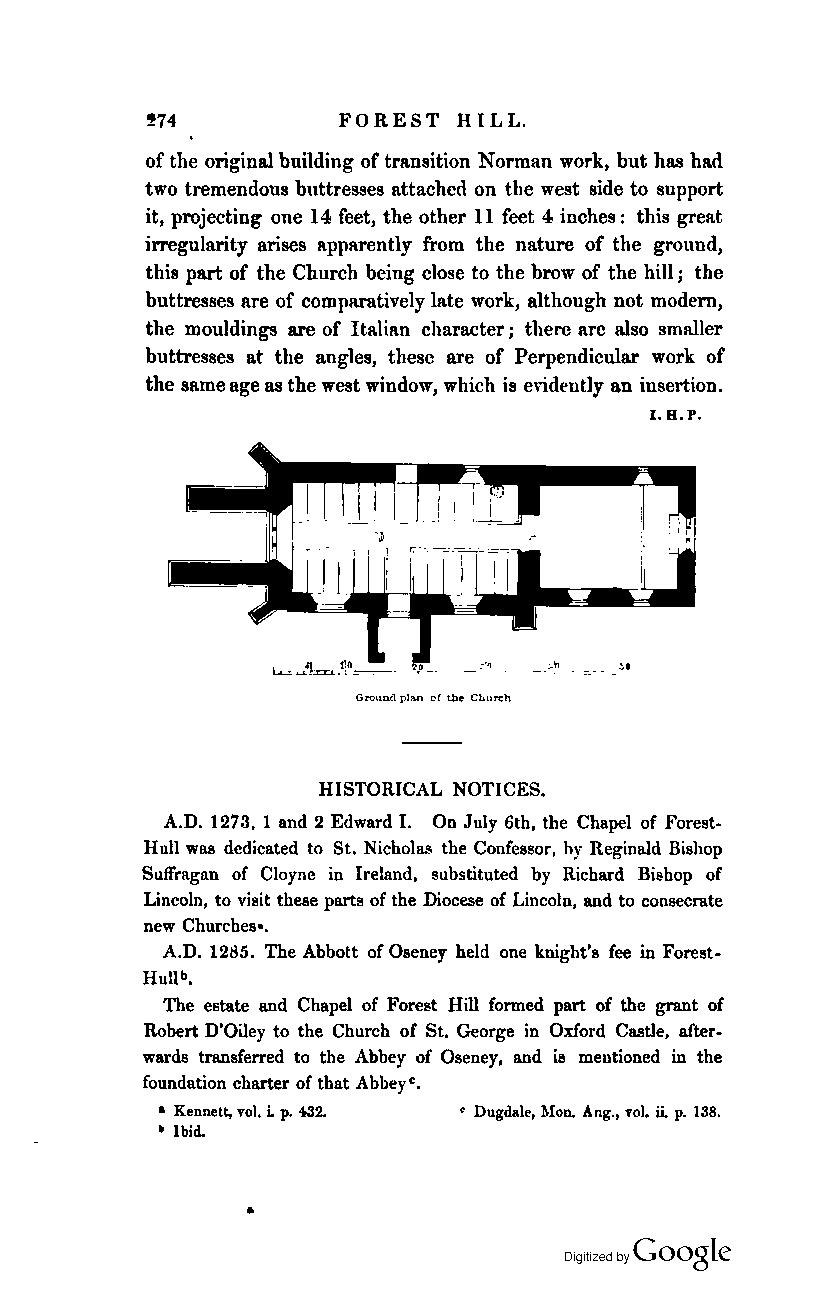
!74         FOR EST H ILL.
 of the original building of transition Norman work, but has had
 two tremendous buttresses attached on tIle west side to support
 it, projecting one 14 feet, the other 11 feet 4 inches: this great
 irregularity arises apparently from the nature of the ground,
 this part of the Church being close to the brow of the hill; the
 buttresses are of comparatively late work, although not modem,
 the mouldings are of Italian character; there are also smaller
 buttresses at the angles, these are of Perpendicular work of
 the same age as the west window, which is evidently an insertion.
 I.R.P.
 OroUQ(\ plan of tile Church
 HISTORICAL NOTICES.
 A.D. 1273, 1 and 2 Edward I. On July 6th, the Chapel of Forest
 Hull was dedicated to St. Nicholas the Confessor, hy Reginald Bisbop
 Suffragan of Cloyne in Ireland, substituted by Richard Bishop of
 Lincoln, to visit these parts of the Diocese of Lincoln, and to consecrate
 new Churches ••
 A.D. 1285. The Abbott of Oseney held one knight's fee in Forest
 HUUb.
 The estate and Chapel of }'orest Hill formed part of the grant of
 Robert D'Oiley to the Church of St. George in Oxford Castle, after
 wards transferred to the Abbey of Oseney, and is mentioned in the
 foundation charter of that Abbeyc.
 • Kennett, vol. i. p. 432. • Dugdale, Mon. Ang., vol. ii. p. 138.
 - Ibid.
 •
 Coogle
 Digitized by